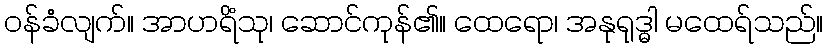
ဝန်ခံလျက်။ အာဟရိံသု၊ ဆောင်ကုန်၏။ ထေရော၊ အနုရုဒ္ဓါ မထေရ်သည်။